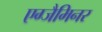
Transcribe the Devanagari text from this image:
एग्जैमिनर